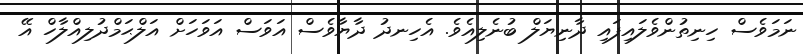
ނަމަވެސް ހިނިތުންވެލައިފައި ދާނިޔަލް ބުނެލިއެވެ. އެހިނދު ދާޔާވެސް އަވަސް އަވަހަށް އަލްޙަމްދުލިއްލާހް އޭ